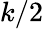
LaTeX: k/2